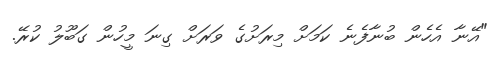
"އޭނާ އެހެން ބުނާފެނެ ކަމަށް މިރަށުގެ ވަރަށް ގިނަ މީހުން ގަބޫލު ކުރޭ.